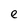
Character: e